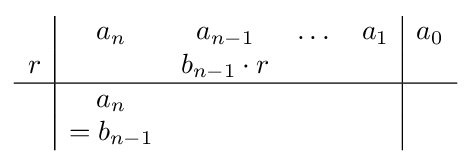
{\begin{array}{c|c c c c|c}&a_{n}&a_{n-1}&\dots &a_{1}&a_{0}\\r&&b_{n-1}\cdot r&&&\\\hline &a_{n}&&&&\\&=b_{n-1}&&&&\end{array}}